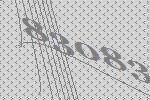
83083